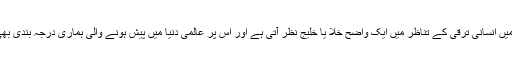
ہم ریاستی و حکومتی اعداد وشمار کو دیکھیں تو اس میں انسانی ترقی کے تناظر میں ایک واضح خلا یا خلیج نظر آتی ہے اور اس پر عالمی دنیا میں پیش ہونے والی ہماری درجہ بندی بھی داخلی اور خارجی دونوں محاذوں پر تنقید ہوتی ہے۔